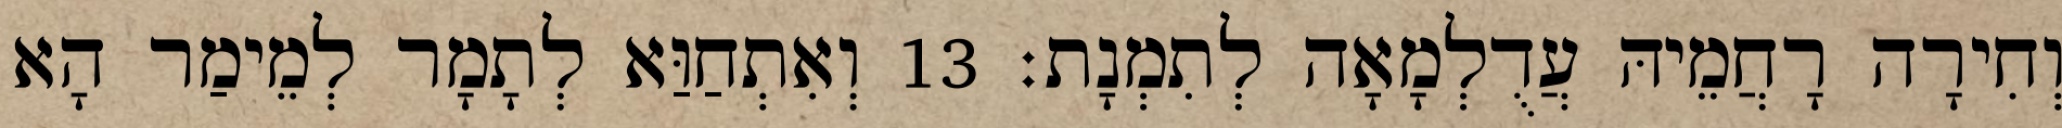
וְחִירָה רָחֲמֵיהּ עֲדֻלְמָאָה לְתִמְנָת׃ 13 וְאִתְחַוַּא לְתָמָר לְמֵימַר הָא